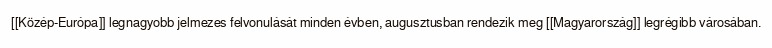
[[Közép-Európa]] legnagyobb jelmezes felvonulását minden évben, augusztusban rendezik meg [[Magyarország]] legrégibb városában.